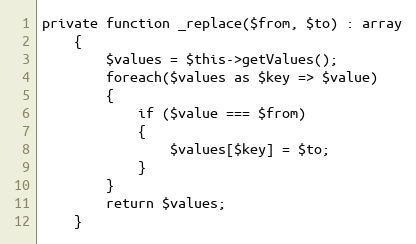
Language: PHP
private function _replace($from, $to) : array
    {
        $values = $this->getValues();
        foreach($values as $key => $value)
        {
            if ($value === $from)
            {
                $values[$key] = $to;
            }
        }
        return $values;
    }